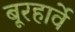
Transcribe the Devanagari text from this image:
बूरहार्वे